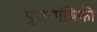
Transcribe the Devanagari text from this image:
पुंजयांत्रिकी